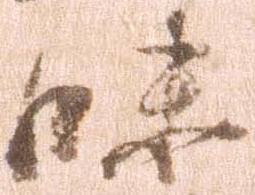
味